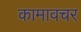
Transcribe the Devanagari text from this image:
कामावचर